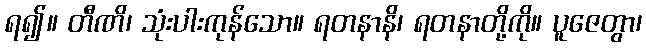
ရ၍။ တီဏိ၊ သုံးပါးကုန်သော။ ရတနာနိ၊ ရတနာတို့ကို။ ပူဇေတွာ၊